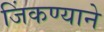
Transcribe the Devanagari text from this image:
जिंकण्याने